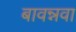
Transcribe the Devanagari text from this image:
बावन्नवा